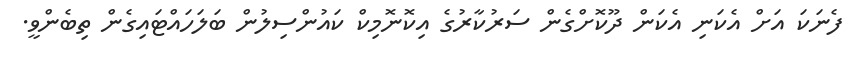
ފެނަކަ އަށް އެކަނި އެކަން ދޫކޮށްގެން ސަރުކާރުގެ އިކޮނޮމިކް ކައުންސިލުން ބަލަހައްޓައިގެން ތިބެންވީ.